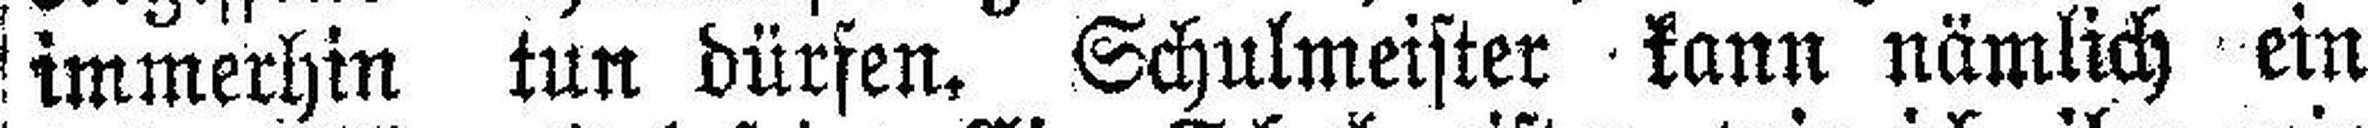
immerhin tun dürfen. Schulmeister kann nämlich ein